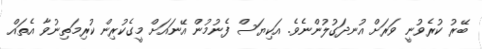
ބޭރު ކުރެވުނީ ވަރަށް އުނދަގުލުންނެވެ. އަކިޔަސް ފެނުމުން އޭނައަށް މީގެކުރިން ކުރިމަތިނުވާ އެތައް